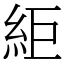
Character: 䋌